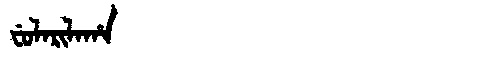
Manchu: ᠸᡠᠯᠠᡵᡳᠯᠠᡥᠠ
Romanization: FULARILAHA